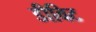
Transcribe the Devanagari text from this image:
डीविट